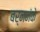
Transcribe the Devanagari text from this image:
बर्ननंके